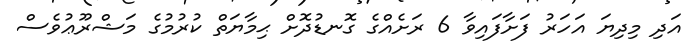
އަދި މިދިޔަ އަހަރު ފަށާފައިވާ 6 ރަށެއްގެ ގޮނޑުދޮށް ޙިމާޔަތް ކުރުމުގެ މަޝްރޫޢުވެސް